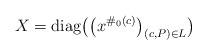
LaTeX: \begin{align*} X = \operatorname{diag}\bigl(\bigl( x^{\#_0(c)} \bigr)_{(c,P)\in L}\bigr) \end{align*}